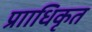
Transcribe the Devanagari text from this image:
प्रााधिकृत